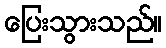
ပြေးသွားသည်။